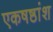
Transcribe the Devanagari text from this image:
एकषष्ठांश